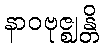
နာဝဗုဇ္ဈန္တိ